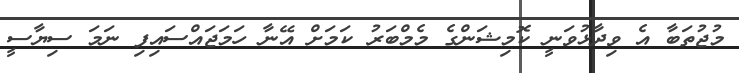
މުޖުތަބާ އެ ވިދާޅުވަނީ ކޮމިޝަންގެ މެމްބަރު ކަމަށް އޭނާ ހަމަޖައްސައިފި ނަމަ ސިޔާސީ